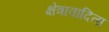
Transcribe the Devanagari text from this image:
क्षेत्रावादिता